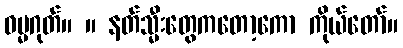
ဓမ္မဂုတ်။ ။ နတ်သ္မီးတွေကတော့ကော ကိုယ်တော်။